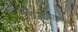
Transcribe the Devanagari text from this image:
चिपळूणवरून